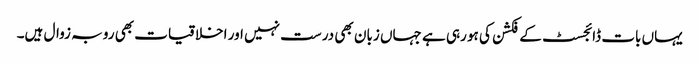
یہاں بات ڈائجسٹ کے فکشن کی ہو رہی ہے جہاں زبان بھی درست نہیں اور اخلاقیات بھی رو بہ زوال ہیں۔